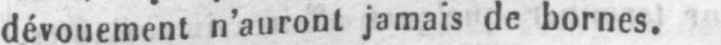
dévouement n’auront jamais de bornes.